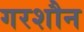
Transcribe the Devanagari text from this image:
गरशौन